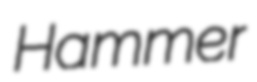
Hammer